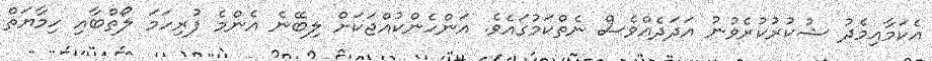
އެކަމާއިމެދު ޝުކުރުކުރެވުނު އަދަދެއްވެސް ނެތްކަމުގައެވެ. އަންހެންކުއްޖަކަށް ލިބޭނެ އެންމެ ފުރިހަމަ ލޯތްބާއި ހިމާޔަތް